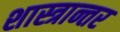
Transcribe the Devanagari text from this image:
शास्त्रान्तर